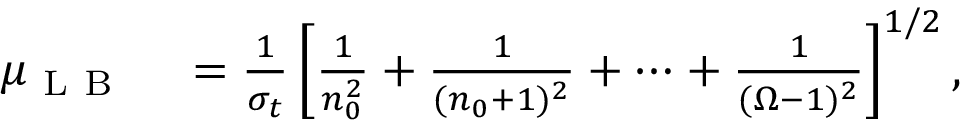
\begin{array} { r l } { \mu _ { \mathrm { ~ L ~ B ~ } } } & { { } = \frac { 1 } { \sigma _ { t } } \left[ \frac { 1 } { n _ { 0 } ^ { 2 } } + \frac { 1 } { ( n _ { 0 } + 1 ) ^ { 2 } } + \cdots + \frac { 1 } { ( \Omega - 1 ) ^ { 2 } } \right] ^ { 1 / 2 } , } \end{array}